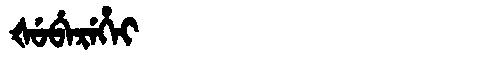
Manchu: ᡧᡠᠪᡝᡵᡝᡥᡝᡳ
Romanization: ŠUBEREHEI